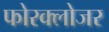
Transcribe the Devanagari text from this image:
फोरक्लोजर